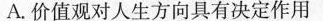
A.价值观对人生方向具有决定作用